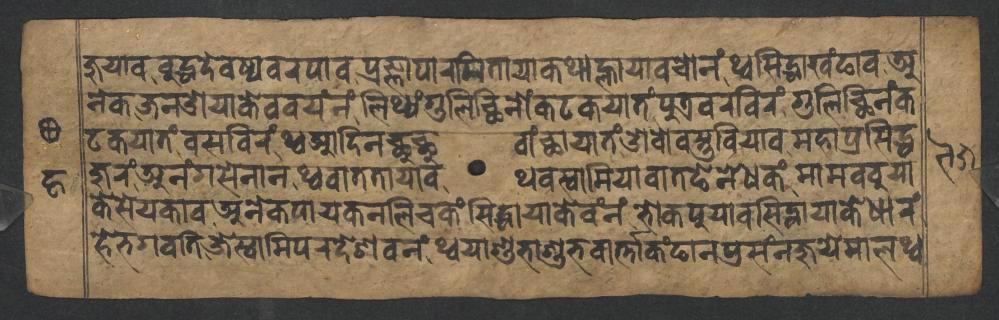
𑐖𑐸𑐫𑐵𑐰𑐧𑐸𑐡𑑂𑐢𑐡𑐾𑐰𑐢𑑂𑐫𑐰𑐬𑐥𑐵𑐰𑐥𑑂𑐬𑐖𑑂𑐘𑐵𑐥𑐵𑐬𑐩𑐶𑐟𑐵𑐫𑐵𑐎𑐠𑐵𑐮𑑂𑐴𑐵𑐫𑐵𑐰𑐔𑑀𑐣𑑄𑐠𑑂𑐰𑐳𑐶𑐡𑑂𑐢𑐵𑐏𑑄𑐒𑐵𑐰𑐀 𑐣𑐾𑐎𑐖𑐣𑐌𑐫𑐵𑐎𑐾𑐰𑐰𑐫𑑄𑐣𑑄𑐮𑐶𑐠𑑂𑐫𑑄𑐐𑐸𑐮𑐶𑐕𑐶𑐣𑑀𑑄𑐎𑐚𑐎𑐫𑐵𑐟𑑄𑐥𑐸𑐟𑑂𑐬𑐰𑐬𑐧𑐶𑐬𑑄𑐐𑐸𑐮𑐶𑐕𑐶𑐣𑑄𑐎 𑐚𑐎𑐫𑐵𑐟𑑄𑐰𑐳𑐧𑐶𑐬𑑄𑐠𑑂𑐰𑐁𑐡𑐶𑐣𑐕𑐸𑐕𑐸𑐰𑐵𑑄𑐕𑐵𑐫𑐵𑐟𑑄𑐌𑐰𑑀𑐰𑐳𑑂𑐟𑐸𑐧𑐶𑐫𑐵𑐰𑐩𑐴𑐵𑐥𑑂𑐬𑐳𑐶𑐡𑑂𑐢 𑐖𑐸𑐬𑑄𑐀𑐣𑑄𑐐𑐳𑐾𑐣𑐵𑐣𑐠𑑂𑐰𑐰𑐵𑐟𑐟𑐵𑐫𑐵𑐰𑐠𑐰𑐳𑑂𑐰𑐵𑐩𑐶𑐫𑐵𑐰𑐵𑐟𑐒𑐾𑐣𑐾𑐢𑐎𑑄𑐩𑐵𑐩𑐧𑐧𑐸𑐫𑐵 𑐎𑐾𑐳𑐾𑐫𑐎𑐵𑐰𑐀𑐣𑐾𑐎𑐥𑐵𑐫𑐎𑐣𑐮𑐶𑐔𑐎𑑄𑐳𑐶𑐡𑑂𑐢𑐵𑐫𑐵𑐎𑐾𑐰𑑄𑐣𑑄𑐨𑑀𑐎𑐥𑐸𑐫𑐵𑐰𑐳𑐶𑐡𑑂𑐢𑐵𑐫𑐵𑐎𑐾𑐢𑐵𑐬𑑄 𑐴𑐾𑐨𑐐𑐰𑐟𑐶𑐖𑐾𑐳𑑂𑐰𑐵𑐩𑐶𑐥𑐬𑐡𑐾𑐱𑐰𑐣𑑄𑐠𑑂𑐰𑐫𑐵𑐱𑐸𑐨𑐵𑐱𑐸𑐨𑐰𑐵𑐬𑑂𑐟𑑂𑐟𑐵𑐎𑑄𑐒𑐵𑐣𑐥𑑂𑐬𑐳𑑄𑐣𑐖𑐸𑐫𑐾𑐩𑐵𑐮𑐠𑑂𑐰